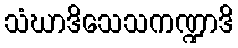
သံဃာဒိသေသကဏ္ဍာဒိ